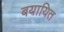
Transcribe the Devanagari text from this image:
बयायित